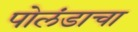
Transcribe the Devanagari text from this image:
पोलंडाचा